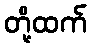
တို့ထက်